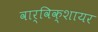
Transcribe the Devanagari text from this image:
वार्विक्शायर